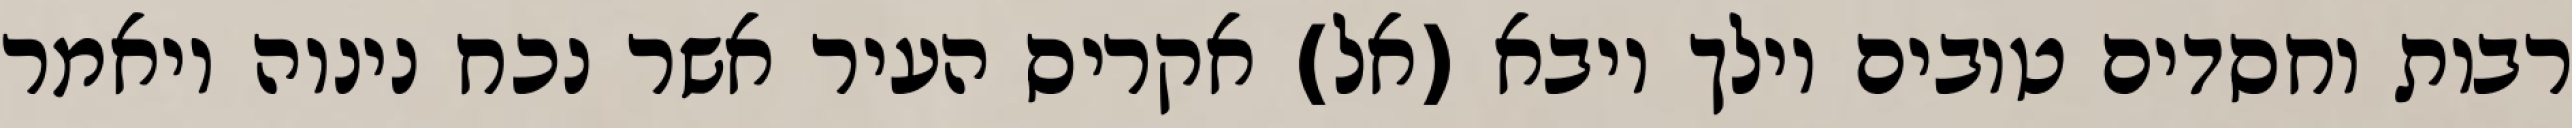
רבות וחסדים טובים וילך ויבא (אל) אקריס העיר אשר נכח נינוה ויאמר